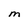
Character: M